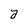
Character: a